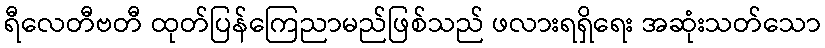
ရီလေတီဗတီ ထုတ်ပြန်ကြေညာမည်ဖြစ်သည် ဖလားရရှိရေး အဆုံးသတ်သော